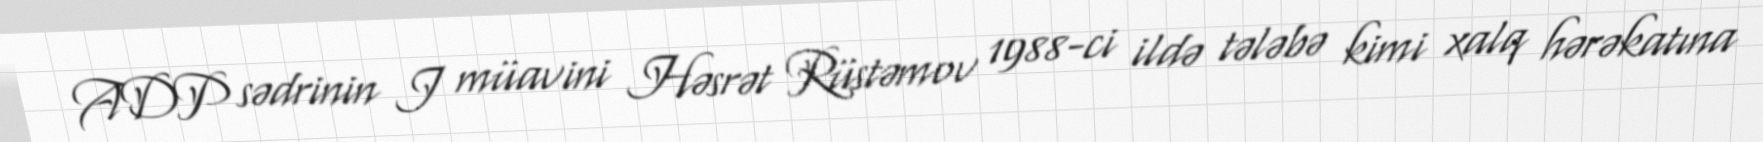
ADP sədrinin I müavini Həsrət Rüstəmov 1988-ci ildə tələbə kimi xalq hərəkatına